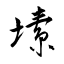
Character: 塐